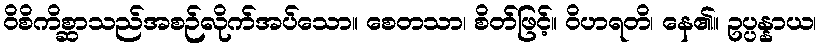
ဝိစိကိစ္ဆာသည်အစဉ်လိုက်အပ်သော။ စေတသာ၊ စိတ်ဖြင့်။ ဝိဟရတိ၊ နေ၏။ ဥပ္ပန္နာယ၊